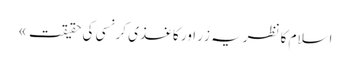
اسلام کا نظریہ زَر اور کاغذی کرنسی کی حقیقت »